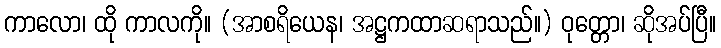
ကာလော၊ ထို ကာလကို။ (အာစရိယေန၊ အဋ္ဌကထာဆရာသည်။) ဝုတ္တော၊ ဆိုအပ်ပြီ။